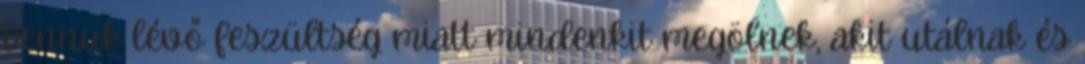
bennük lévő feszültség miatt mindenkit megölnek, akit utálnak és